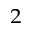
^ 2